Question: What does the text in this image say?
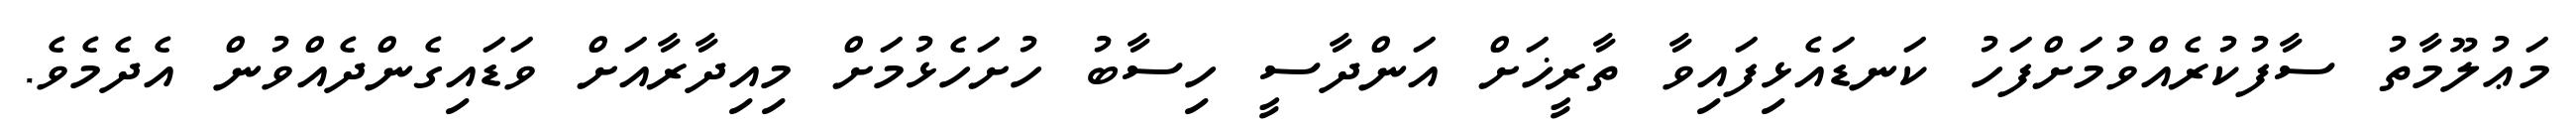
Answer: މަޢުލޫމާތު ސާފުކުރެއްވުމަށްފަހު ކަނޑައެޅިފައިވާ ތާރީޚަށް އަންދާސީ ހިސާބު ހުށަހެޅުމަށް މިއިދާރާއަށް ވަޑައިގެންދެއްވުން އެދެމެވެ.